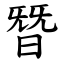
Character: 朁